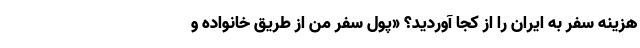
هزینه سفر به ایران را از کجا آوردید؟ «پول سفر من از طریق خانواده و